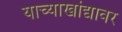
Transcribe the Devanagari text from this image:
याच्याखांद्यावर